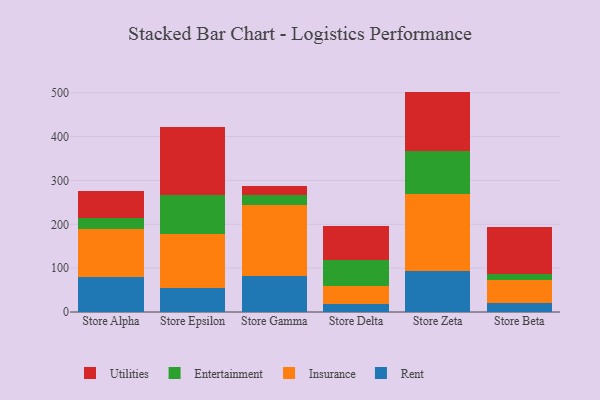
{"axis": {"x": "Store", "y": "Gross Profit (USD K)"}, "legend": ["Entertainment", "Insurance", "Rent", "Utilities"], "data": [{"x": "Store Alpha", "y": 79.8, "type": "Rent"}, {"x": "Store Alpha", "y": 108.8, "type": "Insurance"}, {"x": "Store Alpha", "y": 25.1, "type": "Entertainment"}, {"x": "Store Alpha", "y": 62.5, "type": "Utilities"}, {"x": "Store Epsilon", "y": 55.8, "type": "Rent"}, {"x": "Store Epsilon", "y": 121.3, "type": "Insurance"}, {"x": "Store Epsilon", "y": 90.4, "type": "Entertainment"}, {"x": "Store Epsilon", "y": 153.7, "type": "Utilities"}, {"x": "Store Gamma", "y": 82.1, "type": "Rent"}, {"x": "Store Gamma", "y": 161.0, "type": "Insurance"}, {"x": "Store Gamma", "y": 22.6, "type": "Entertainment"}, {"x": "Store Gamma", "y": 22.5, "type": "Utilities"}, {"x": "Store Delta", "y": 19.3, "type": "Rent"}, {"x": "Store Delta", "y": 40.6, "type": "Insurance"}, {"x": "Store Delta", "y": 59.1, "type": "Entertainment"}, {"x": "Store Delta", "y": 77.1, "type": "Utilities"}, {"x": "Store Zeta", "y": 93.2, "type": "Rent"}, {"x": "Store Zeta", "y": 175.4, "type": "Insurance"}, {"x": "Store Zeta", "y": 97.7, "type": "Entertainment"}, {"x": "Store Zeta", "y": 136.3, "type": "Utilities"}, {"x": "Store Beta", "y": 19.5, "type": "Rent"}, {"x": "Store Beta", "y": 53.3, "type": "Insurance"}, {"x": "Store Beta", "y": 13.9, "type": "Entertainment"}, {"x": "Store Beta", "y": 106.8, "type": "Utilities"}]}